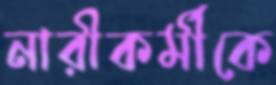
নারীকর্মীকে